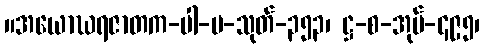
။အယောဃရဇာတက-ပါ-ပ-သုတ်-၃၅၃၊ ဋ္ဌ-စ-အုပ်-၄၉၅၊